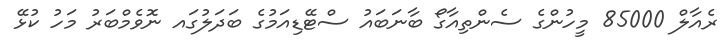
ރެއާލް 85000 މީހުންގެ ސެންތިއާގޯ ބާނަބައު ސްޓޭޑިއަމުގެ ބަދަލުގައ ނޮވެމްބަރު މަހު ކުޅޭ